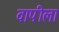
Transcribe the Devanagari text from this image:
वापीला